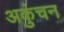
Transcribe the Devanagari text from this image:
अकुंचन